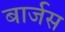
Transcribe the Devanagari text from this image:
बार्जस